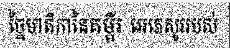
ច្នៃមាតិកានៃគម្ពីរ អេភេសូររបស់